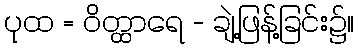
ပုထ = ဝိတ္ထာရေ - ချဲ့ဖြန့်ခြင်း၌။